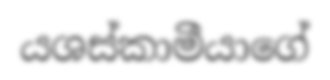
යශස්කාමීයාගේ